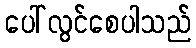
ပေါ်လွင်စေပါသည်